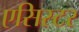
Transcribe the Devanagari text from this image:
एसिस्टर